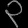
Digit: ၃